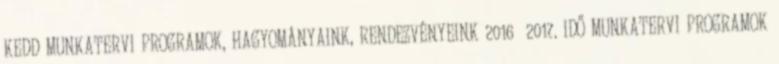
KEDD MUNKATERVI PROGRAMOK, HAGYOMÁNYAINK, RENDEZVÉNYEINK 2016 2017. IDŐ MUNKATERVI PROGRAMOK